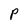
Character: P